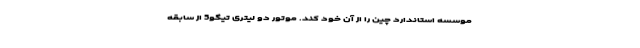
موسسه استاندارد چین را از آن خود کند. موتور دو لیتری تیگو5 از سابقه